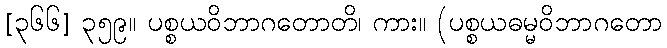
[၃၆၆] ၃၅၉။ ပစ္စယဝိဘာဂတောတိ၊ ကား။ (ပစ္စယဓမ္မဝိဘာဂတော